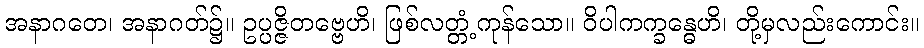
အနာဂတေ၊ အနာဂတ်၌။ ဥပ္ပဇ္ဇိတဗ္ဗေဟိ၊ ဖြစ်လတ္တံ့ကုန်သော။ ဝိပါကက္ခန္ဓေဟိ၊ တို့မှလည်းကောင်း။